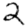
Digit: 2